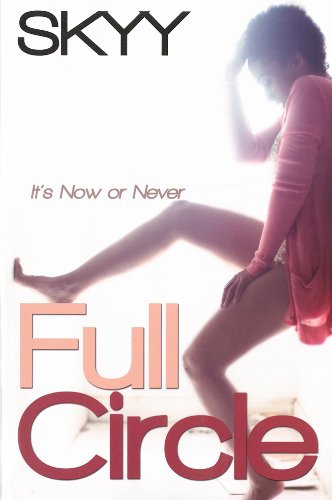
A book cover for Full Circle (Urban Books); Skyy; Literature & Fiction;